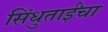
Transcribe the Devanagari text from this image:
सिंधुताईंचा